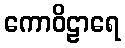
ကောဝိဠာရေ